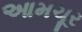
આમચૂર